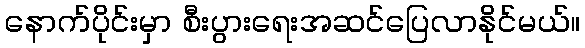
နောက်ပိုင်းမှာ စီးပွားရေးအဆင်ပြေလာနိုင်မယ်။